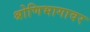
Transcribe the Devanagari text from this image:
श्रोणिभागावर